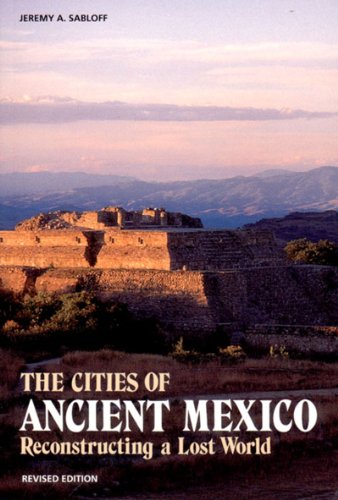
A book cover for The Cities of Ancient Mexico: Reconstructing a Lost World; Jeremy A. Sabloff; Travel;